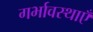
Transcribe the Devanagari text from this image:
गर्भावस्थाएँ